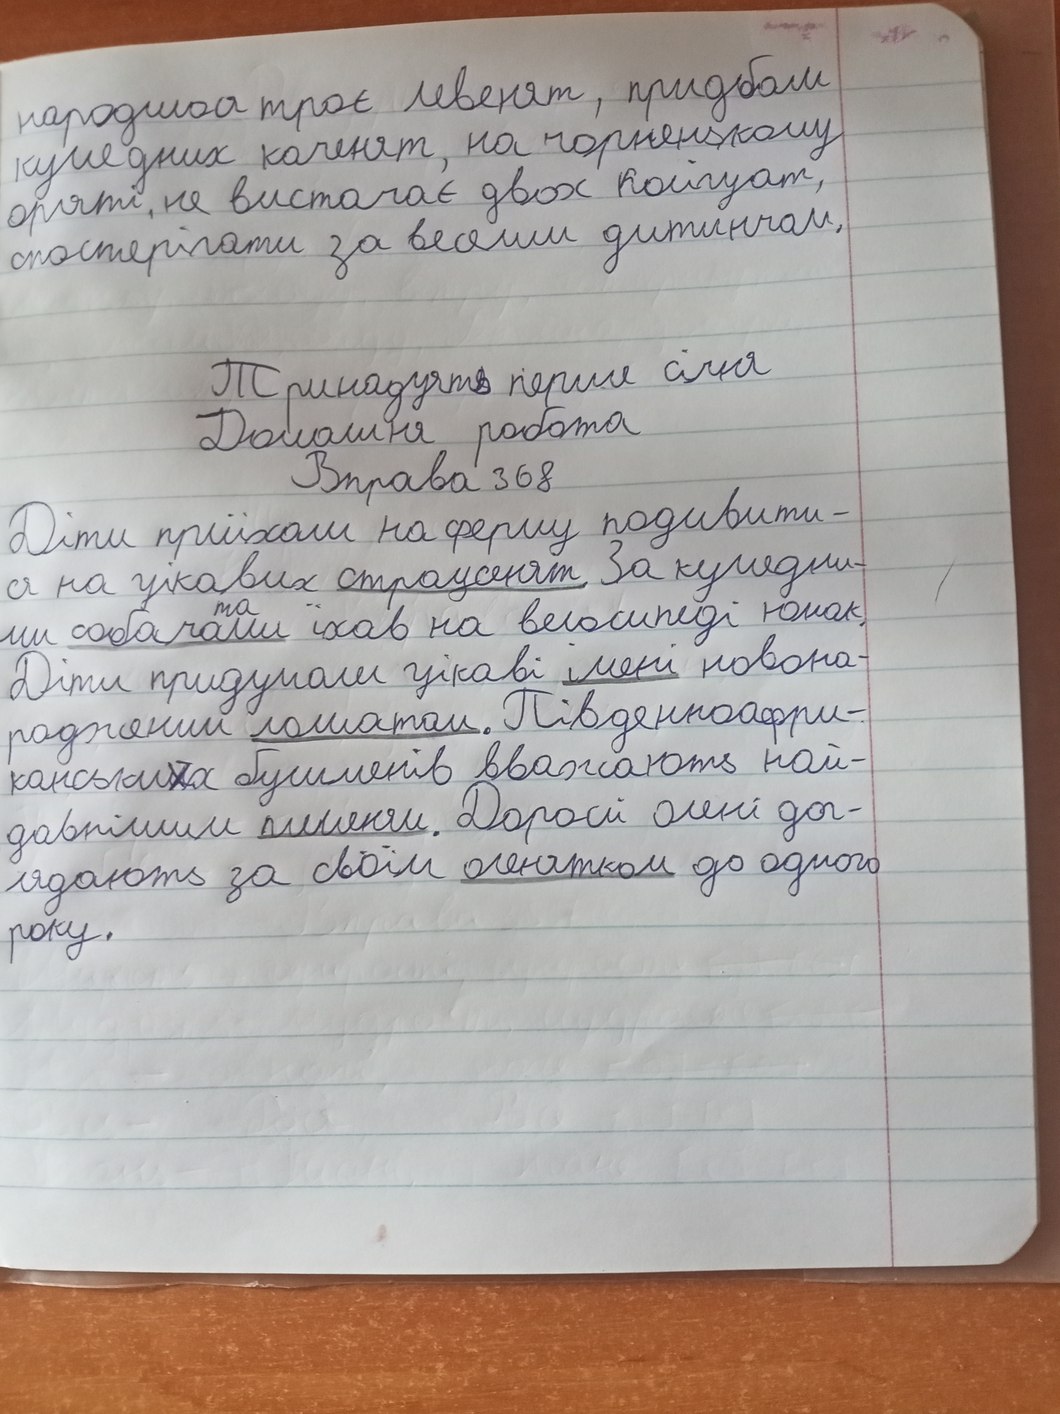
народилося троє левенят, придбали
кумедних каченят, на чорненькому
оряті, не вистачає двох колігуат,
спостерігати за веселим дитинчам.
Тинадцять перше січня
Домашня робота
Вправа 368
Діти приїхали на ферму подивити-
ся на цікавих страусенят. За кумедни-
ми собачатами їхав на велосипеді юнак
Діти придумали цікаві імені новона-
родженим лошатам. Південноафри-
канських бушменів вважають най-
давнішим племеням. Дорослі олені дог-
лядають за своїм оленятком до одного року.
року.